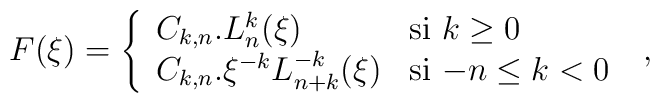
F(\xi)=\left\{\begin{array}{ll}    C_{k,n}.L_{n}^{k}(\xi)& \textrm{si $k \geq 0$}\\    C_{k,n}.\xi^{-k}L_{n+k}^{-k}(\xi)&\textrm{si $-n \leq k <0$}\  \end{array}\right. ,